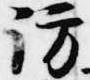
訪